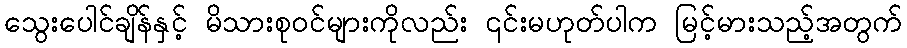
သွေးပေါင်ချိန်နှင့် မိသားစုဝင်များကိုလည်း ၎င်းမဟုတ်ပါက မြင့်မားသည့်အတွက်